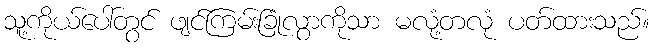
သူ့ကိုယ်ပေါ်တွင် ဖျင်ကြမ်းခြုံလွာကိုသာ မလုံ့တလုံ ပတ်ထားသည်။